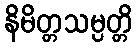
နိမိတ္တသမ္ပတ္တိ